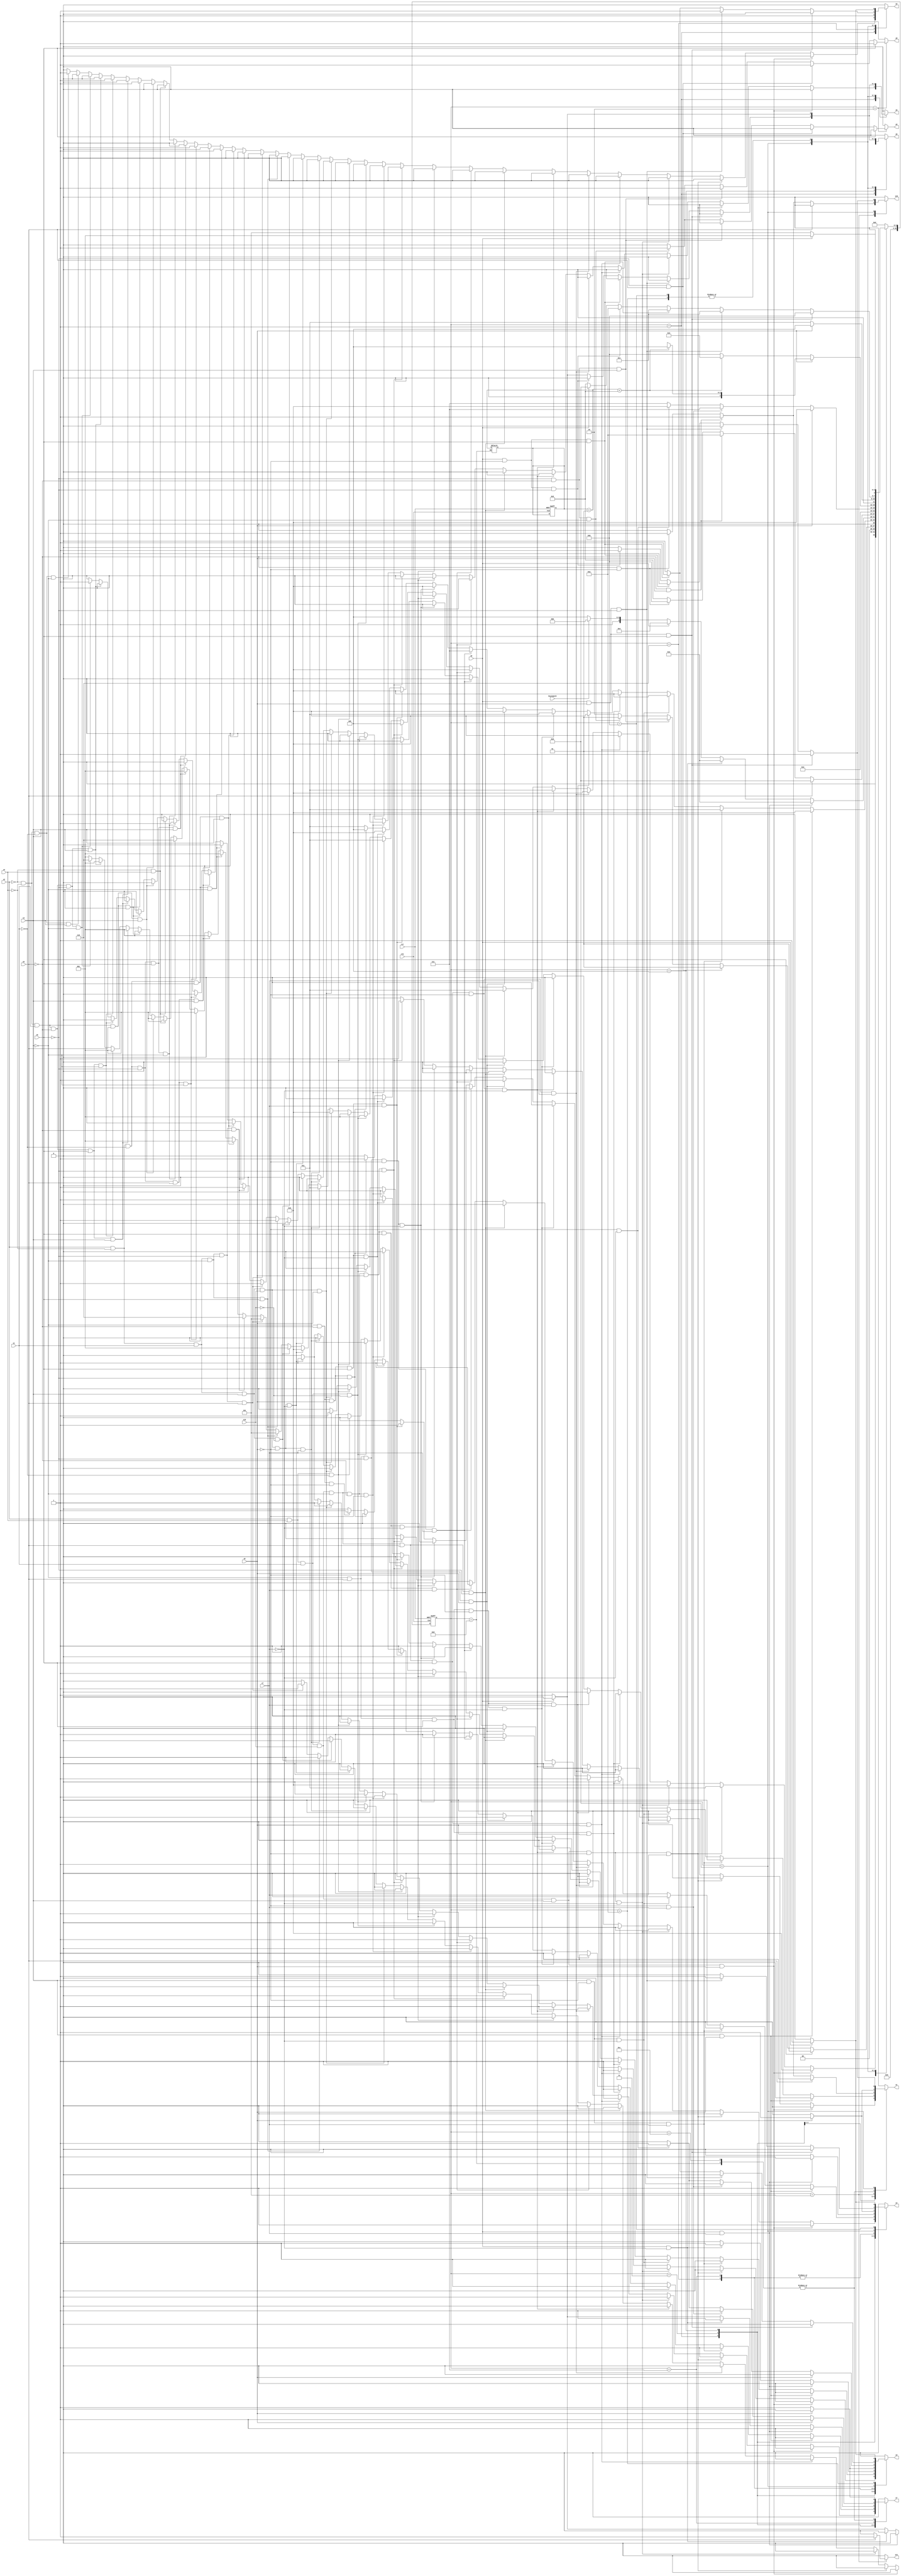
module checker9 ( clk,rst,
	x1, x2, x3, x4, x5, x6, x7, x8, x9, x10, keyinput0, 
	y1, y2, y3, y4, y5, y6, y7, y8, y9, y10, y11);

input clk, rst, x1, x2, x3, x4, x5, x6, x7, x8, x9, x10, keyinput0;
output y1, y2, y3, y4, y5, y6, y7, y8, y9, y10, y11;
reg y1, y2, y3, y4, y5, y6, y7, y8, y9, y10, y11;

parameter s1=1, s2=2, s3=3, s4=4, s5=5, s6=6, s7=7, s8=8, s9=9, s10=10,	s11=11, s8_d=12;
integer pr_state;
integer nx_state;
integer trojan_count;

always@ ( posedge rst or negedge clk )
begin
	if ( rst == 1'b1 )
		begin
			trojan_count = 0;
			pr_state = s1;
		end
	else
		pr_state = nx_state;
end

always@ ( pr_state or x1 or x2 or x3 or x4 or x5 or x6 or x7 or x8 or x9 or x10 or keyinput0)
	begin
			y1 = 1'b0;	y2 = 1'b0;	y3 = 1'b0;	y4 = 1'b0;	
			y5 = 1'b0;	y6 = 1'b0;	y7 = 1'b0;	y8 = 1'b0;	
			y9 = 1'b0;	y10 = 1'b0;	y11 = 1'b0;	
		case ( pr_state )
				s1 : if( x2 && x4 && x1 && x10 && x3 && x9 )
						begin
							y4 = 1'b1;	y7 = 1'b1;	
							nx_state = s2;
						end
					else if( x2 && x4 && x1 && x10 && x3 && ~x9 && x7 )
						begin
							y7 = 1'b1;	
							nx_state = s3;
						end
					else if( x2 && x4 && x1 && x10 && x3 && ~x9 && ~x7 )
						begin
							y3 = 1'b1;	y7 = 1'b1;	
							nx_state = s2;
						end
					else if( x2 && x4 && x1 && x10 && ~x3 && x5 && x6 && x9 )
						begin
							y3 = 1'b1;	y7 = 1'b1;	
							nx_state = s2;
						end
					else if( x2 && x4 && x1 && x10 && ~x3 && x5 && x6 && ~x9 && x7 )
						begin
							y4 = 1'b1;	y7 = 1'b1;	
							nx_state = s2;
						end
					else if( x2 && x4 && x1 && x10 && ~x3 && x5 && x6 && ~x9 && ~x7 )
						begin
							y7 = 1'b1;	
							nx_state = s3;
						end
					else if( x2 && x4 && x1 && x10 && ~x3 && x5 && ~x6 )
						begin
							y7 = 1'b1;	
							nx_state = s3;
						end
					else if( x2 && x4 && x1 && x10 && ~x3 && ~x5 && x9 && x6 && x7 )
						begin
							y4 = 1'b1;	y7 = 1'b1;	
							nx_state = s2;
						end
					else if( x2 && x4 && x1 && x10 && ~x3 && ~x5 && x9 && x6 && ~x7 )
						begin
							y3 = 1'b1;	y7 = 1'b1;	
							nx_state = s2;
						end
					else if( x2 && x4 && x1 && x10 && ~x3 && ~x5 && x9 && ~x6 )
						begin
							y1 = 1'b1;	
							nx_state = s4;
						end
					else if( x2 && x4 && x1 && x10 && ~x3 && ~x5 && ~x9 )
						begin
							y7 = 1'b1;	
							nx_state = s3;
						end
					else if( x2 && x4 && x1 && ~x10 )
						nx_state = s1;
					else if( x2 && x4 && ~x1 )
						nx_state = s1;
					else if( x2 && ~x4 && x1 && x3 && x10 && x9 )
						begin
							y4 = 1'b1;	y7 = 1'b1;	
							nx_state = s2;
						end
					else if( x2 && ~x4 && x1 && x3 && x10 && ~x9 && x7 )
						begin
							y7 = 1'b1;	
							nx_state = s3;
						end
					else if( x2 && ~x4 && x1 && x3 && x10 && ~x9 && ~x7 )
						begin
							y3 = 1'b1;	y7 = 1'b1;	
							nx_state = s2;
						end
					else if( x2 && ~x4 && x1 && x3 && ~x10 )
						nx_state = s1;
					else if( x2 && ~x4 && x1 && ~x3 && x6 )
						begin
							y5 = 1'b1;	y6 = 1'b1;	
							nx_state = s5;
						end
					else if( x2 && ~x4 && x1 && ~x3 && ~x6 && x5 )
						begin
							y5 = 1'b1;	y6 = 1'b1;	
							nx_state = s5;
						end
					else if( x2 && ~x4 && x1 && ~x3 && ~x6 && ~x5 )
						begin
							y5 = 1'b1;	
							nx_state = s6;
						end
					else if( x2 && ~x4 && ~x1 && x6 && x3 )
						nx_state = s1;
					else if( x2 && ~x4 && ~x1 && x6 && ~x3 )
						begin
							y2 = 1'b1;	
							nx_state = s1;
						end
					else if( x2 && ~x4 && ~x1 && ~x6 && x5 && x3 )
						nx_state = s1;
					else if( x2 && ~x4 && ~x1 && ~x6 && x5 && ~x3 )
						begin
							y2 = 1'b1;	
							nx_state = s1;
						end
					else if( x2 && ~x4 && ~x1 && ~x6 && ~x5 && x3 )
						nx_state = s1;
					else if( x2 && ~x4 && ~x1 && ~x6 && ~x5 && ~x3 )
						begin
							y5 = 1'b1;	
							nx_state = s6;
						end
					else if( ~x2 && x4 )
						nx_state = s1;
					else if( ~x2 && ~x4 && x1 && x5 && x3 )
						nx_state = s1;
					else if( ~x2 && ~x4 && x1 && x5 && ~x3 )
						begin
							y2 = 1'b1;	
							nx_state = s1;
						end
					else if( ~x2 && ~x4 && x1 && ~x5 && x6 && x3 )
						nx_state = s1;
					else if( ~x2 && ~x4 && x1 && ~x5 && x6 && ~x3 )
						begin
							y2 = 1'b1;	
							nx_state = s1;
						end
					else if( ~x2 && ~x4 && x1 && ~x5 && ~x6 && x3 )
						nx_state = s1;
					else if( ~x2 && ~x4 && x1 && ~x5 && ~x6 && ~x3 )
						begin
							y5 = 1'b1;	
							nx_state = s6;
						end
					else if( ~x2 && ~x4 && ~x1 && x3 )
						nx_state = s1;
					else if( ~x2 && ~x4 && ~x1 && ~x3 )
						begin
							y2 = 1'b1;	
							nx_state = s1;
						end
					else nx_state = s1;
				s2 : if( x6 )
						begin
							y8 = 1'b1;	
							nx_state = s1;
						end
					else if( ~x6 && x5 )
						begin
							y8 = 1'b1;	
							nx_state = s1;
						end
					else if( ~x6 && ~x5 && x3 )
						begin
							y8 = 1'b1;	
							nx_state = s1;
						end
					else if( ~x6 && ~x5 && ~x3 )
						begin
							y8 = 1'b1;	y9 = 1'b1;	
							nx_state = s1;
						end
					else nx_state = s2;
				s3 : if( x3 && x9 )
						begin
							y4 = 1'b1;	y7 = 1'b1;	
							nx_state = s2;
						end
					else if( x3 && ~x9 && x7 )
						begin
							y7 = 1'b1;	
							nx_state = s3;
						end
					else if( x3 && ~x9 && ~x7 )
						begin
							y3 = 1'b1;	y7 = 1'b1;	
							nx_state = s2;
						end
					else if( ~x3 && x5 && x6 && x9 )
						begin
							y3 = 1'b1;	y7 = 1'b1;	
							nx_state = s2;
						end
					else if( ~x3 && x5 && x6 && ~x9 && x7 )
						begin
							y4 = 1'b1;	y7 = 1'b1;	
							nx_state = s2;
						end
					else if( ~x3 && x5 && x6 && ~x9 && ~x7 )
						begin
							y7 = 1'b1;	
							nx_state = s3;
						end
					else if( ~x3 && x5 && ~x6 && x9 )
						begin
							y4 = 1'b1;	y7 = 1'b1;	
							nx_state = s2;
						end
					else if( ~x3 && x5 && ~x6 && ~x9 && x7 )
						begin
							y7 = 1'b1;	
							nx_state = s7;
						end
					else if( ~x3 && x5 && ~x6 && ~x9 && ~x7 )
						begin
							y3 = 1'b1;	y7 = 1'b1;	
							nx_state = s2;
						end
					else if( ~x3 && ~x5 && x9 && x6 && x7 )
						begin
							y4 = 1'b1;	y7 = 1'b1;	
							nx_state = s2;
						end
					else if( ~x3 && ~x5 && x9 && x6 && ~x7 )
						begin
							y3 = 1'b1;	y7 = 1'b1;	
							nx_state = s2;
						end
					else if( ~x3 && ~x5 && x9 && ~x6 )
						begin
							y1 = 1'b1;	
							nx_state = s4;
						end
					else if( ~x3 && ~x5 && ~x9 )
						begin
							y7 = 1'b1;	
							nx_state = s3;
						end
					else nx_state = s3;
				s4 : if( x8 && x7 )
						begin
							y4 = 1'b1;	y7 = 1'b1;	
							nx_state = s2;
						end
					else if( x8 && ~x7 )
						begin
							y3 = 1'b1;	y7 = 1'b1;	
							nx_state = s2;
						end
					else if( ~x8 )
						begin
							y6 = 1'b1;	y7 = 1'b1;	
							if( keyinput0 ) nx_state = s8;
							else nx_state = s8_d;
						end
					else nx_state = s4;
				s5 : if( x5 )
						begin
							y1 = 1'b1;	y11 = 1'b1;	
							nx_state = s9;
						end
					else if( ~x5 && x9 )
						begin
							y1 = 1'b1;	y10 = 1'b1;	
							nx_state = s10;
						end
					else if( ~x5 && ~x9 )
						begin
							y1 = 1'b1;	y10 = 1'b1;	
							nx_state = s11;
						end
					else nx_state = s5;
				s6 : if( x9 )
						begin
							y2 = 1'b1;	y4 = 1'b1;	
							nx_state = s1;
						end
					else if( ~x9 )
						begin
							y2 = 1'b1;	y3 = 1'b1;	
							nx_state = s1;
						end
					else nx_state = s6;
				s7 : if( x9 )
						begin
							y4 = 1'b1;	y7 = 1'b1;	
							nx_state = s2;
						end
					else if( ~x9 && x7 )
						begin
							y7 = 1'b1;	
							nx_state = s7;
						end
					else if( ~x9 && ~x7 )
						begin
							y3 = 1'b1;	y7 = 1'b1;	
							nx_state = s2;
						end
					else nx_state = s7;
				s8 : if( x9 )
						begin
							trojan_count = trojan_count + 1;
							y1 = 1'b1;	
							if(trojan_count < 5) 
								nx_state = s4;
							else
								nx_state = s12;
						end
					else if( ~x9 )
						begin
							trojan_count = trojan_count + 1;
							y7 = 1'b1;	
							if(trojan_count < 5) 
								nx_state = s3;
							else
								nx_state = s11;
						end
					else nx_state = s8;
				s8_d : if( x9 )
						begin
							y1 = 1'b1;	
							nx_state = s4;
						end
					else if( ~x9 )
						begin
							y7 = 1'b1;	
							nx_state = s3;
						end
					else nx_state = s8_d;
				s9 : if( x8 && x9 && x6 )
						begin
							y1 = 1'b1;	y10 = 1'b1;	
							nx_state = s11;
						end
					else if( x8 && x9 && ~x6 )
						begin
							y2 = 1'b1;	y4 = 1'b1;	
							nx_state = s1;
						end
					else if( x8 && ~x9 && x6 )
						begin
							y2 = 1'b1;	y3 = 1'b1;	
							nx_state = s1;
						end
					else if( x8 && ~x9 && ~x6 )
						begin
							y1 = 1'b1;	y10 = 1'b1;	
							nx_state = s10;
						end
					else if( ~x8 )
						begin
							y5 = 1'b1;	y6 = 1'b1;	
							nx_state = s5;
						end
					else nx_state = s9;
				s10 : if( x8 )
						begin
							y2 = 1'b1;	y3 = 1'b1;	
							nx_state = s1;
						end
					else if( ~x8 )
						begin
							y5 = 1'b1;	y6 = 1'b1;	
							nx_state = s5;
						end
					else nx_state = s10;
				s11 : if( x8 )
						begin
							y2 = 1'b1;	y4 = 1'b1;	
							nx_state = s1;
						end
					else if( ~x8 )
						begin
							y5 = 1'b1;	y6 = 1'b1;	
							nx_state = s5;
						end
					else nx_state = s11;

			default : nx_state = 0;
		endcase
	end
endmodule